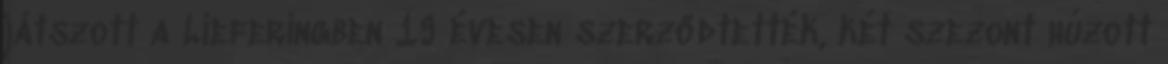
játszott a Lieferingben 19 évesen szerződtették, két szezont húzott